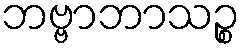
ဘဗ္ဗာဘာသဉ္စ